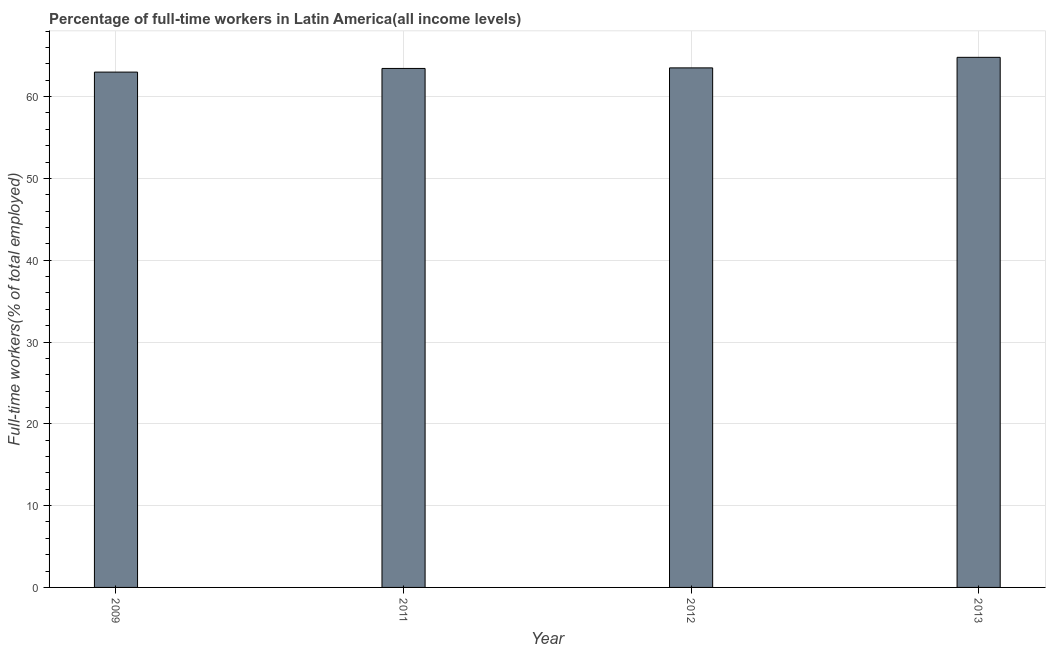
| Year | Wage and salaried workers |
 | --- | --- |
 | 2009 | 63 |
 | 2011 | 63.4 |
 | 2012 | 63.5 |
 | 2013 | 64.8 |